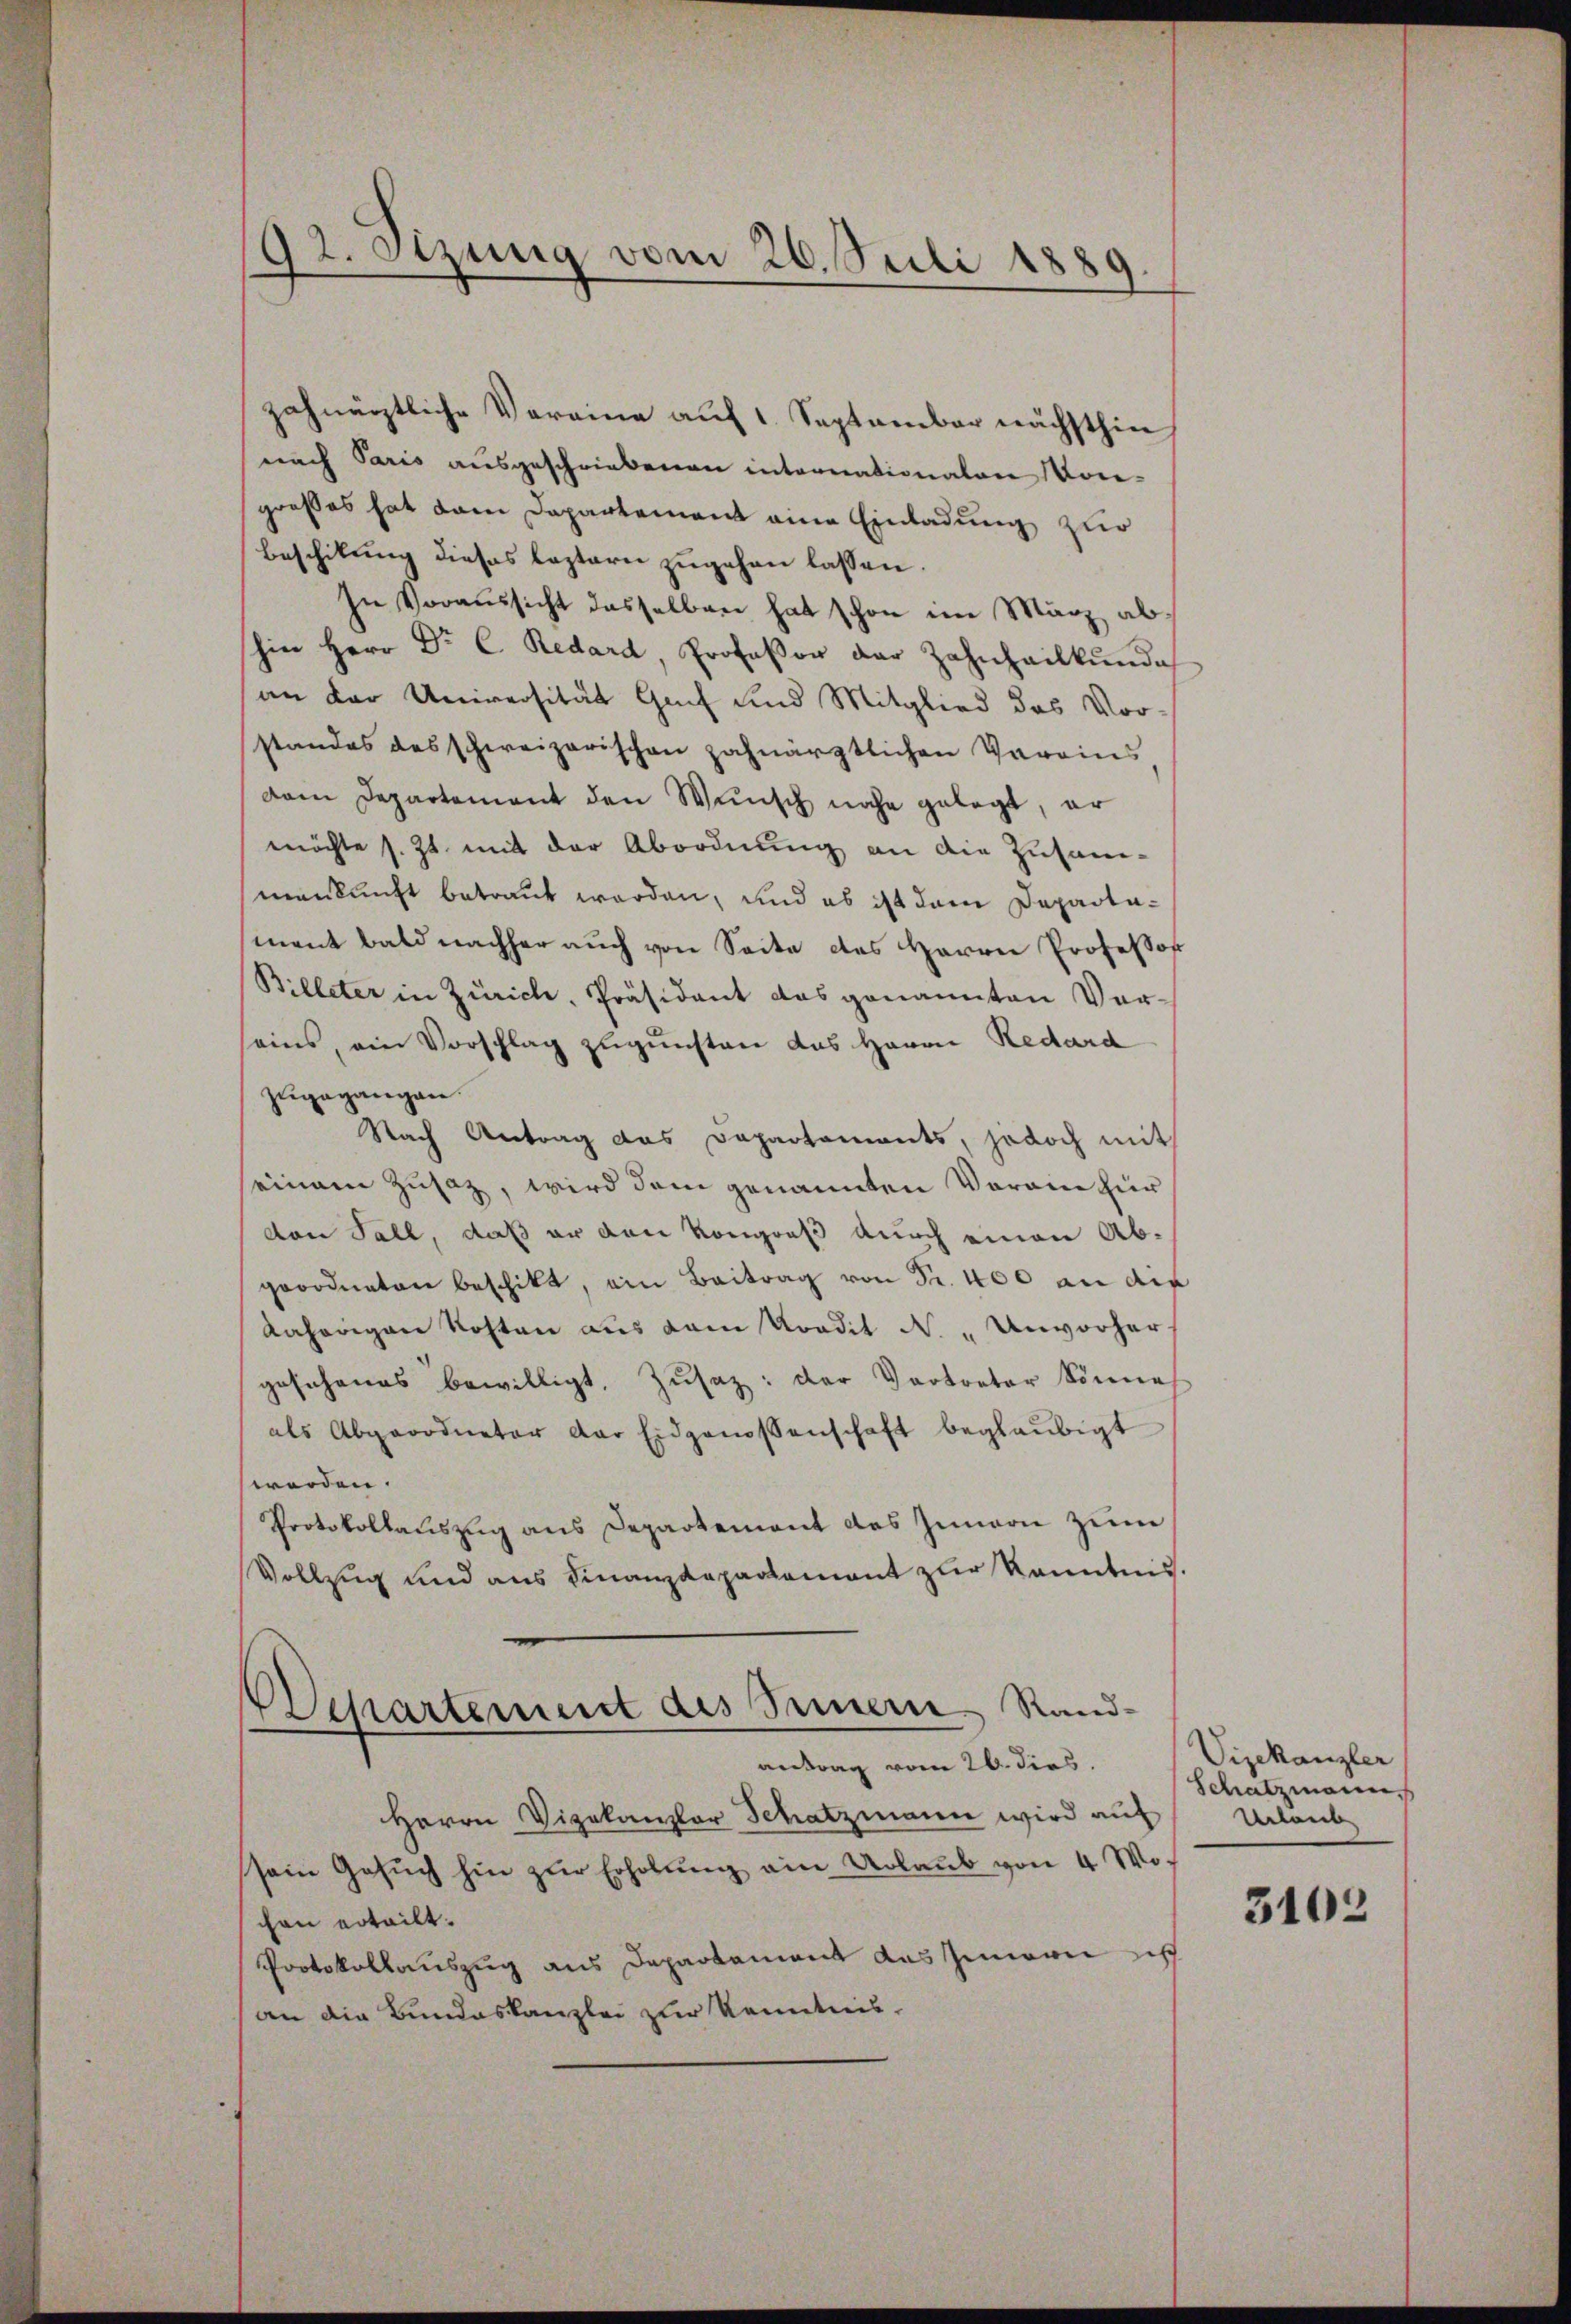
92. Sitzung vom 26. Juli 1889.

zahnärztliche Vereine auf 1. September nächsthin
nach Paris ausgeschriebenen internationalen Kon-
großes hat dem Departement eine Einladung zur
beschikung dieses leztern zŭgehen lassen.
In Voraussicht dasselben hat schon im März abhin Herr Dr. C. Redard Professor der Zahnheilkunde
an der Universität Genf und Mitglied das Vorstandes des schweizerischen zahnärztlichen Varains
dem Departement den Wŭnsch nahe gelegt, er
möchte s. Zt. mit der Abordnung an die Zusam-
mankunft betraut worden, und es ist dem Departamant bald nachher auch von Seite des Herrn Professor
Billeter in Zürich, Präsident das genannten Vor-
seins, ein Vorschlag zugunsten das Herrn Redard
zŭgegangen.
Nach Antrag das Departements, jedoch mit
seinem Zusaz, wird dem genannten Vorain für
von Fall, daß er den Kongreß durch einen Abgeordneten beschikt, ein Beitrag von Fr. 400 an die
Aahörigen Kosten aus dem Kredit N. „Unvorhergesehenes bewilligt, Zusatz: der Vertreter könne,
als Abgeordneter der Eidgenossenschaft beglaubigt
werden.
Protokollauszug aus Departement des Innern zum
Vollzug und aus Finanzdepartement zur Kenntnis.
Departement des Innern Rand-
antrag vom 26. dies
Herrn Vizekanzler Schatzmann wird auf
sein Gesŭch hin zŭr Erholung ein Urlaub von 4 Wo
chen erteilt.
Protokollauszug aus Departament das Innern sich
an die Bundeskanzlei zur Kenntnis.

Vizekanzler
Schatzmann
Urlaub

3102